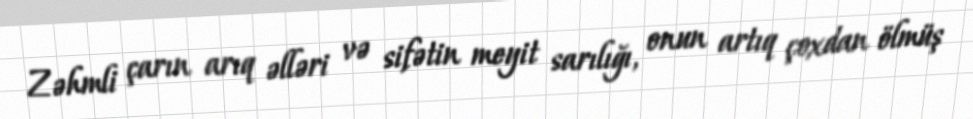
Zəhmli çarın arıq əlləri və sifətin meyit sarılığı, onun artıq çoxdan ölmüş